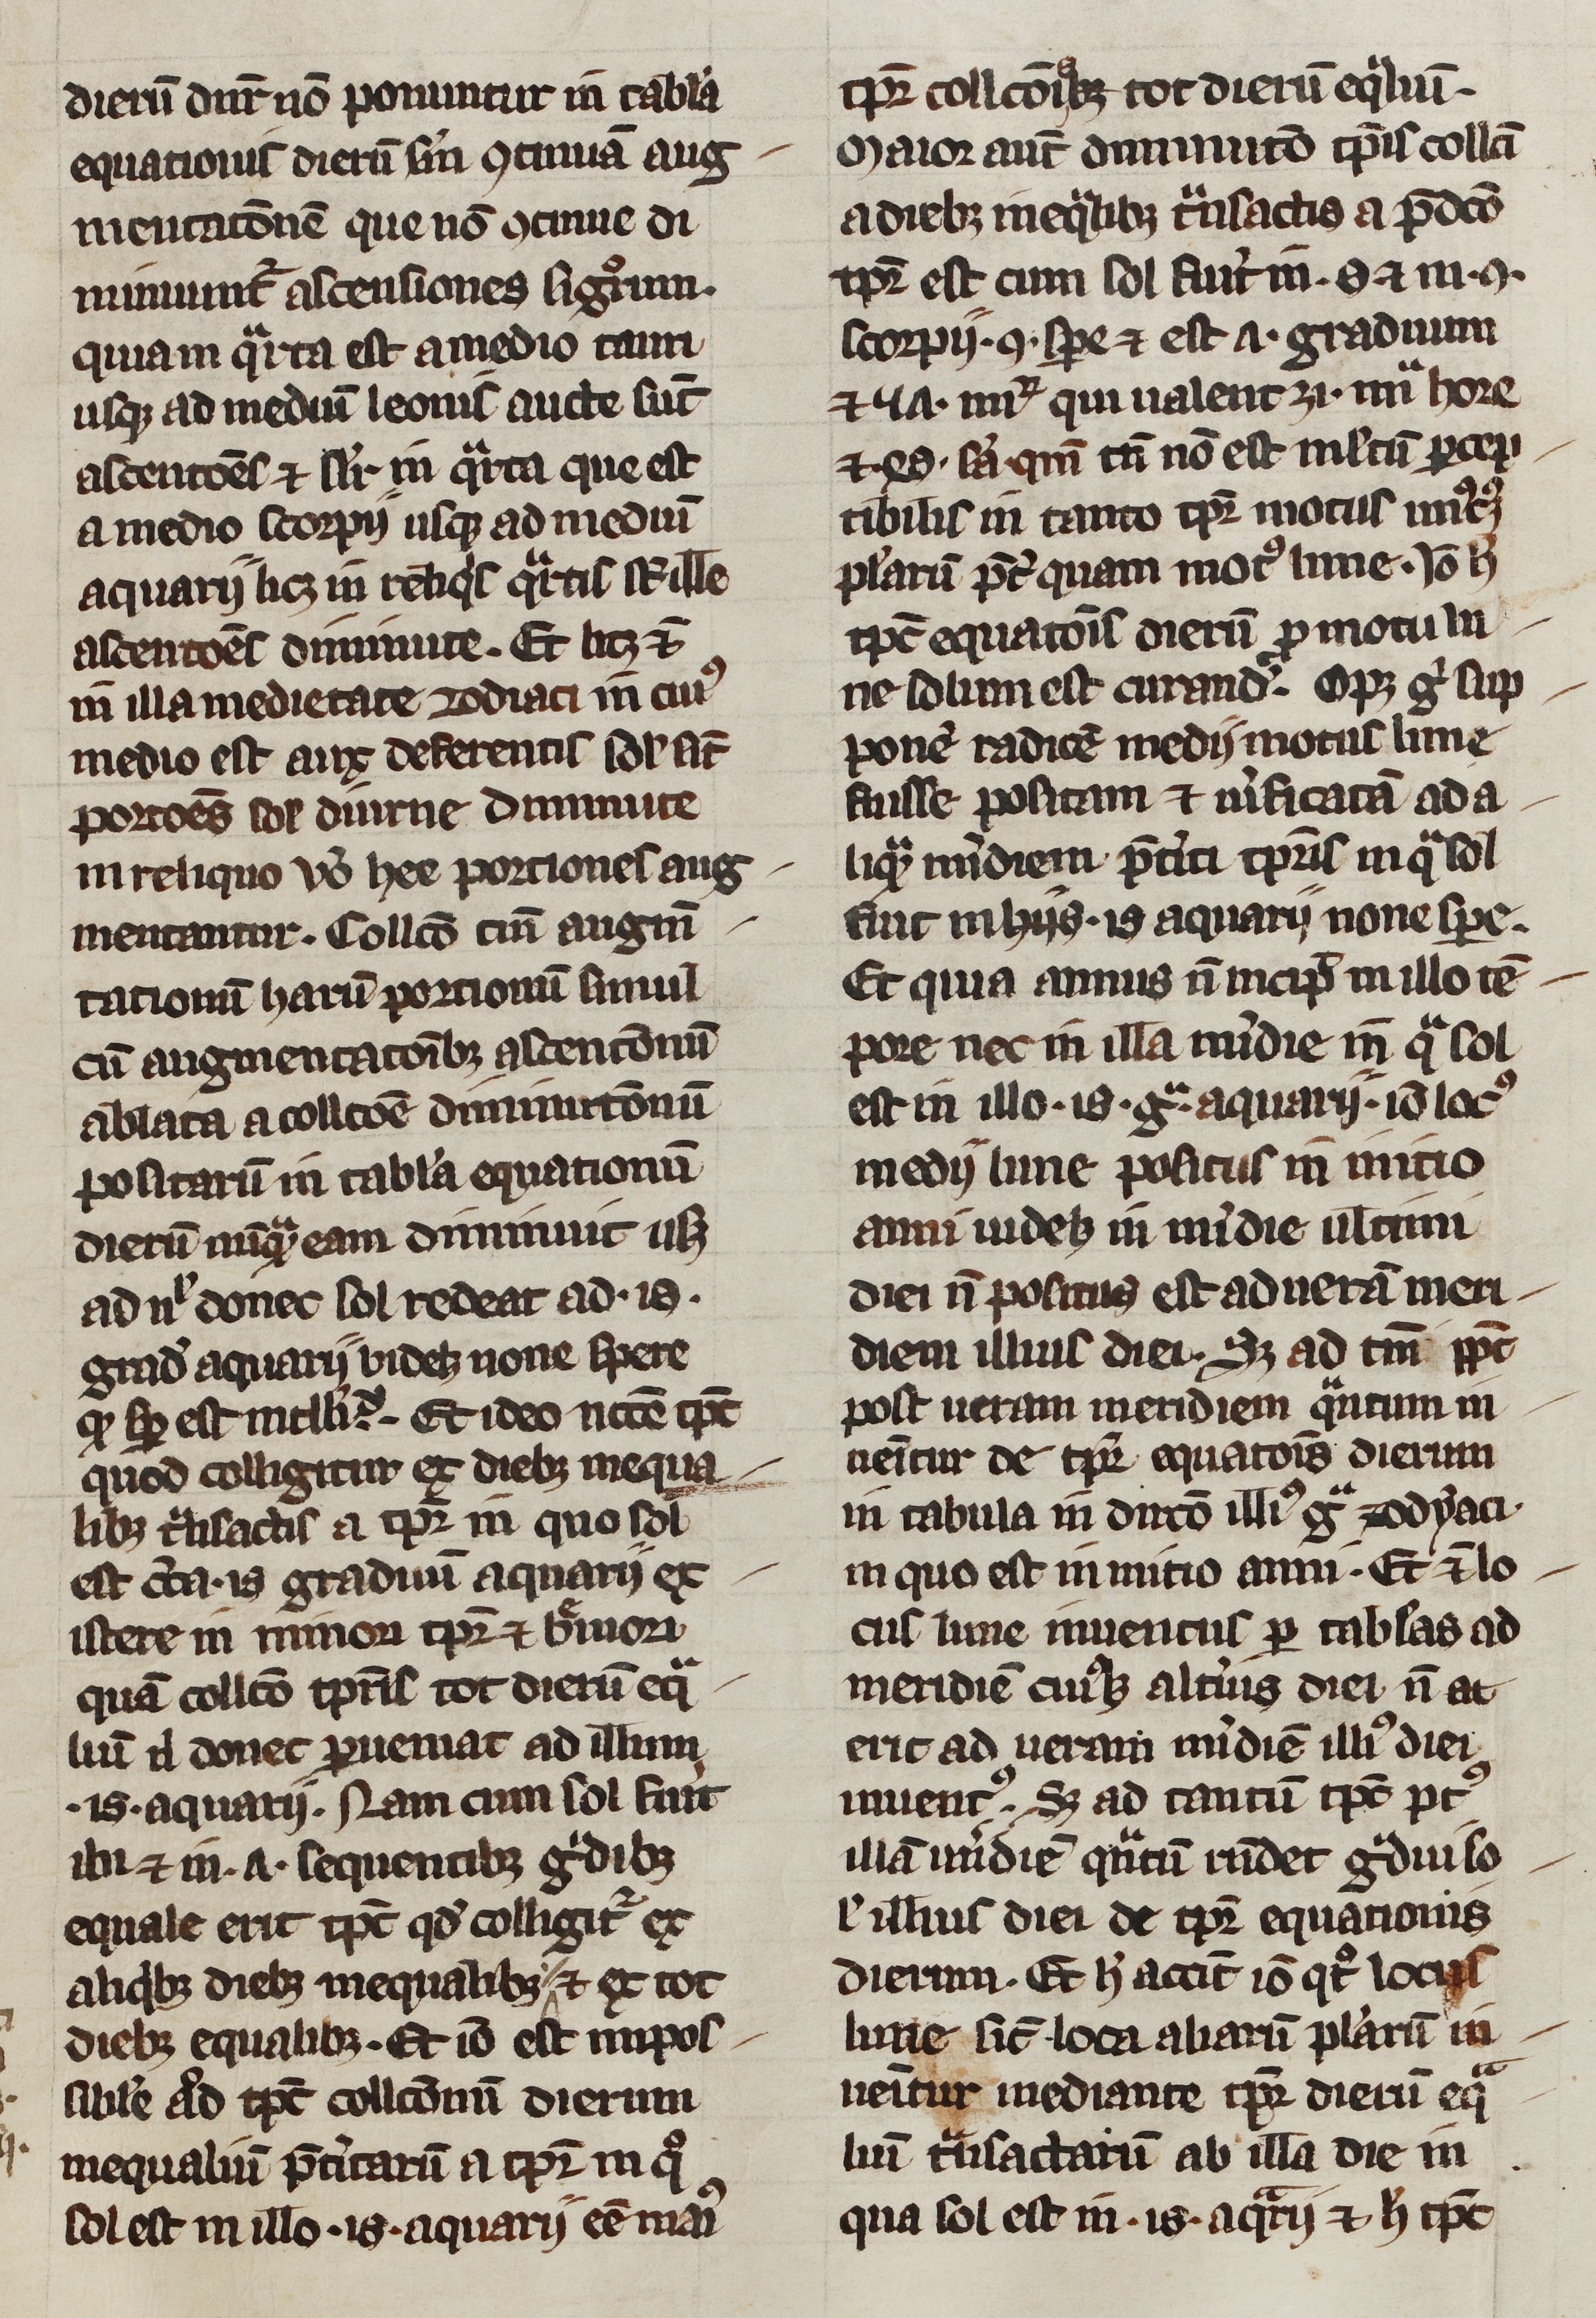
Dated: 1200–1399